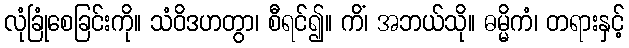
လုံခြုံစေခြင်းကို။ သံဝိဒဟတွာ၊ စီရင်၍။ ကိံ၊ အဘယ်သို။ ဓမ္မိကံ၊ တရားနှင့်